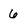
Character: 6